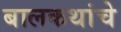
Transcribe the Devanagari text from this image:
बालकथांचे